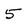
Character: 5